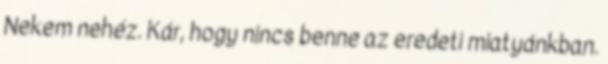
Nekem nehéz. Kár, hogy nincs benne az eredeti miatyánkban.